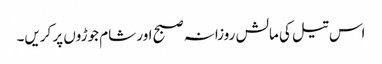
اس تیل کی مالش روزانہ صبح اور شام جوڑوں پر کریں۔